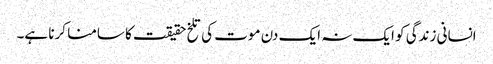
انسانی زندگی کو ایک نہ ایک دن موت کی تلخ حقیقت کا سامنا کرنا ہے۔